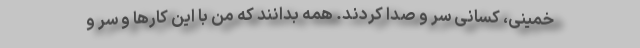
خمینی، کسانی سر و صدا کردند. همه بدانند که من با این کارها و سر و